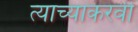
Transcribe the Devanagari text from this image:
त्याच्याकरवी